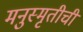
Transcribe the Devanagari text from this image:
मनुस्मृतीची